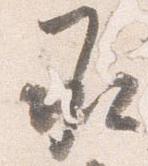
承